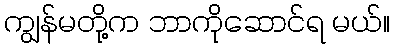
ကျွန်မတို့က ဘာကိုဆောင်ရ မယ်။